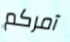
آمركم